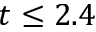
t \leq 2 . 4